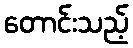
တောင်းသည့်